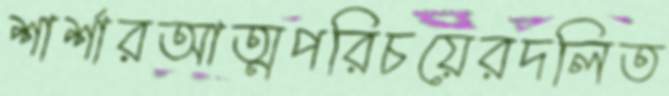
শার্শারআত্মপরিচয়েরদলিত